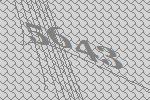
5643